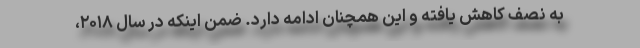
به نصف کاهش یافته و این همچنان ادامه دارد. ضمن اینکه در سال ۲۰۱۸،